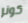
كونر